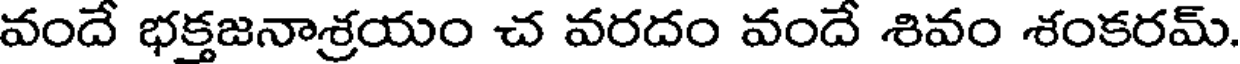
వందే భక్తజనాశ్రయం చ వరదం వందే శివం శంకరమ్